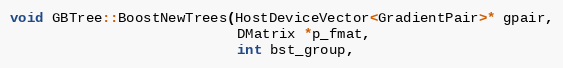
Language: C++
void GBTree::BoostNewTrees(HostDeviceVector<GradientPair>* gpair,
                           DMatrix *p_fmat,
                           int bst_group,